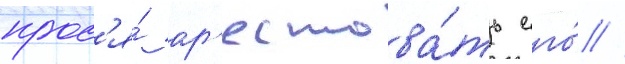
прос'я́ ар'естова́ть его́ //